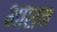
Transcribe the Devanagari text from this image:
भाशन